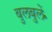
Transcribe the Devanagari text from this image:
बुलबुलें